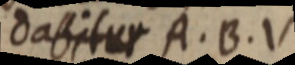
dasitur A. B. V